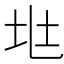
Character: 𡉵